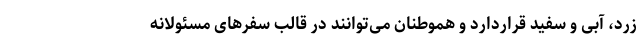
زرد، آبی و سفید قراردارد و هموطنان می‌توانند در قالب سفرهای مسئولانه